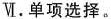
Ⅵ.单项选择.